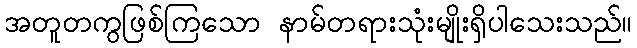
အတူတကွဖြစ်ကြသော နာမ်တရားသုံးမျိုးရှိပါသေးသည်။